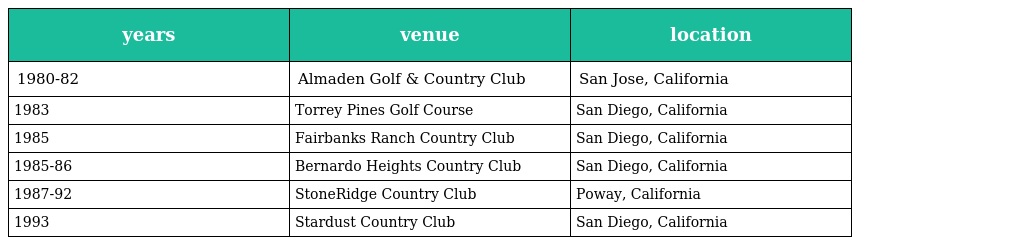
| years | venue | location |
 | --- | --- | --- |
 | 1980-82 | Almaden Golf & Country Club | San Jose, California |
 | 1983 | Torrey Pines Golf Course | San Diego, California |
 | 1985 | Fairbanks Ranch Country Club | San Diego, California |
 | 1985-86 | Bernardo Heights Country Club | San Diego, California |
 | 1987-92 | StoneRidge Country Club | Poway, California |
 | 1993 | Stardust Country Club | San Diego, California |